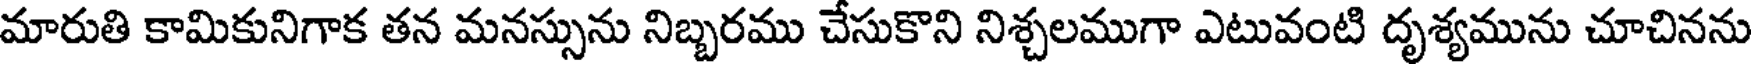
మారుతి కామికునిగాక తన మనస్సును నిబ్బరము చేసుకొని నిశ్చలముగా ఎటువంటి దృశ్యమును చూచినను